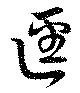
径